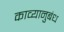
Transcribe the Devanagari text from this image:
काव्यानुबंध